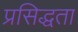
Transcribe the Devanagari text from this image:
प्रसिद्धता